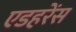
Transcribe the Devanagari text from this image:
एडहरेंस